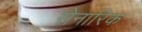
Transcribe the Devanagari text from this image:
सेनारिक